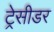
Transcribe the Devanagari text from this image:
ट्रेसीडर